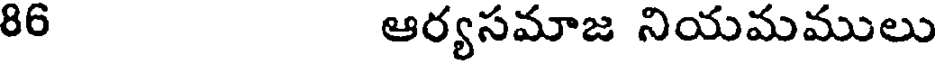
86 ఆర్యసమాజ నియమములు